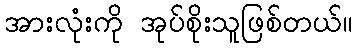
အားလုံးကို အုပ်စိုးသူဖြစ်တယ်။